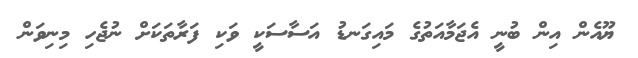
ޔޫއެން އިން ބުނީ އެޖަމާއަތުގެ މައިގަނޑު އަސާސަކީ ވަކި ފަރާތަކަށް ނުޖެހި މިނިވަން